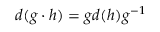
d ( g \cdot h ) = g d ( h ) g ^ { - 1 }